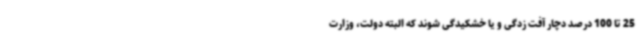
25 تا 100 درصد دچار آفت زدگی و یا خشکیدگی شوند که البته دولت، وزارت